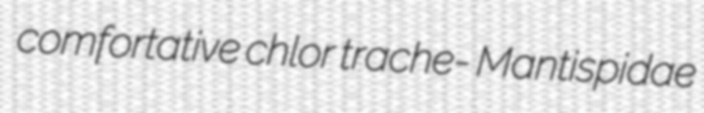
comfortative chlor trache- Mantispidae